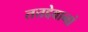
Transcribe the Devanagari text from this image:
तत्तद्देवानां